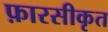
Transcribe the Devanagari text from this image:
फ़ारसीकृत